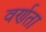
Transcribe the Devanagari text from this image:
वर्णता